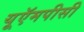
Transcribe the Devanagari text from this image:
यूऍमपीसी